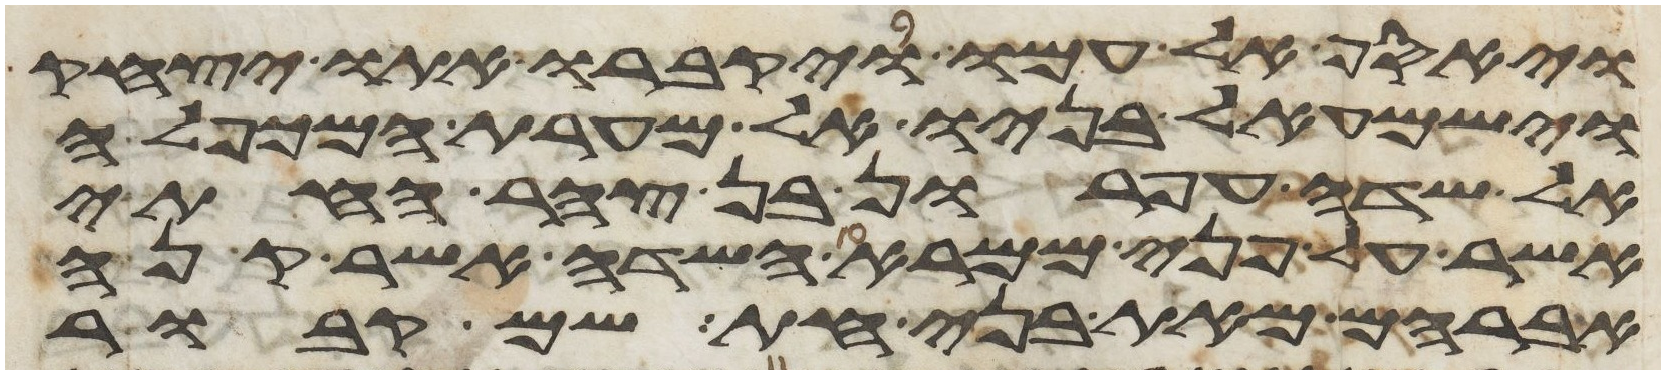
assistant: ויאסף אל עמו ויקברו אתו יצחק
וישמעאל בניו אל מערת המכפלה
אל שדה עפרון בן צהר החתי
אשר על פני ממרא השדה אשר קנה
אברהם מאת בני חת שם קבור